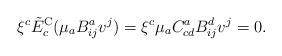
LaTeX: \begin{align*}\xi^c \tilde{E}_c^{\rm C} (\mu_a B^a_{ij}v^j) = \xi^c \mu_a C^a_{cd} B^d_{ij}v^j=0.\end{align*}